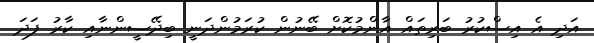
އަދި އެ އިސްކުރު ބަރިތައް އާންމުކޮށް ބޭނުން ކުރަމުންދަނީ ބިދޭސީންނާއި ކާރު ފަދަ